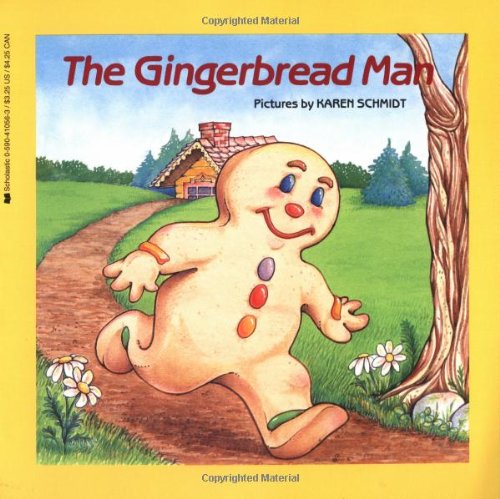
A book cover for The Gingerbread Man (Easy-to-Read Folktales); Karen Schmidt; Politics & Social Sciences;